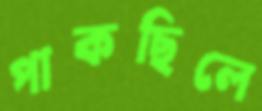
পাকছিলে